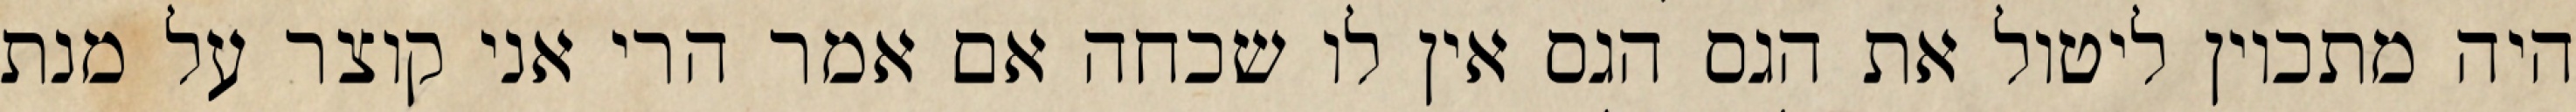
היה מתכוין ליטול את הגס הגס אין לו שכחה אם אמר הרי אני קוצר על מנת